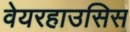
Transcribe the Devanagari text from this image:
वेयरहाउसिस